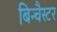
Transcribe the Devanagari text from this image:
बिन्चैस्टर